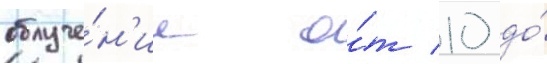
облуче́н'ие о́т 10 до́